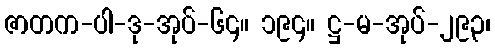
ဇာတက-ပါ-ဒု-အုပ်-၆၄။ ၁၉၄။ ဋ္ဌ-မ-အုပ်-၂၉၃၊